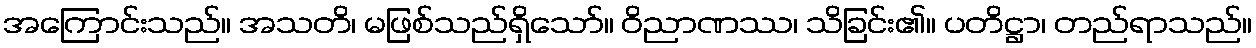
အကြောင်းသည်။ အသတိ၊ မဖြစ်သည်ရှိသော်။ ဝိညာဏဿ၊ သိခြင်း၏။ ပတိဋ္ဌာ၊ တည်ရာသည်။